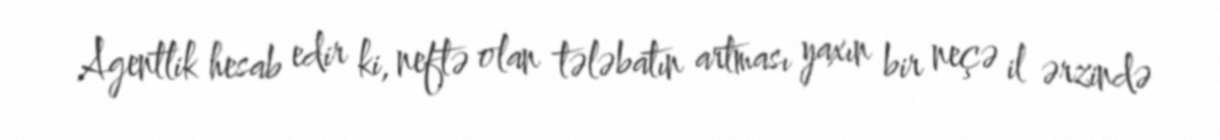
Agentlik hesab edir ki, neftə olan tələbatın artması yaxın bir neçə il ərzində